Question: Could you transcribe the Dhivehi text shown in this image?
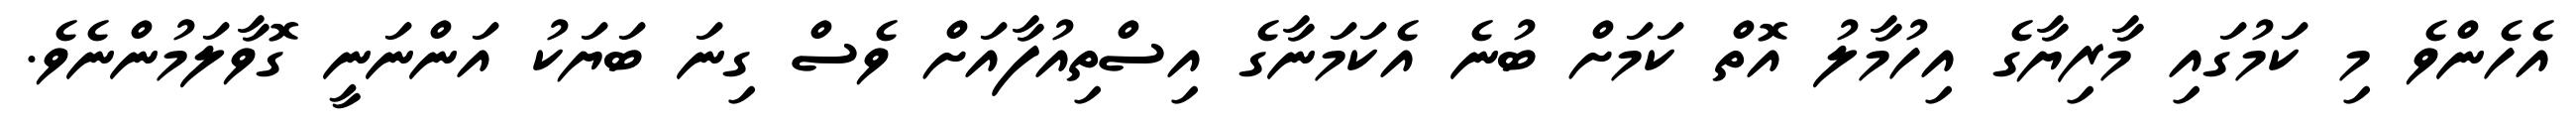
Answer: އެހެންވެ މި ކަމުގައި މާރިޔާގެ އިހުމާލު އޮތް ކަމަށް ބުނެ އެކަމަނާގެ އިސްތިއުފާއަށް ވެސް ގިނަ ބަޔަކު އަންނަނީ ގޮވާލަމުންނެވެ.